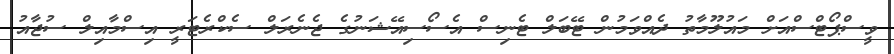
ވީސްޕޯޓްސްއަށް މައުލޫމާތު ދެއްވަމުން ޓޭބަލް ޓެނިސް އެސޯސިއޭޝަނުގެ ޖެނެރަލް ސެކްރެޓަރީ އިސްމާއިލް ސުޖާއު